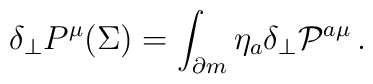
\delta_\perp P^\mu (\Sigma ) = \int_{\partial m} \eta_a  \delta_\perp {\cal P}^{a\mu}\,.